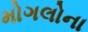
મોગલોના